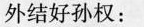
外结好孙权：